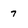
Character: 7